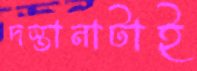
দস্তানাটাই